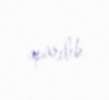
aparılıb.